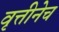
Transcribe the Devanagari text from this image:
वृत्तीनेच